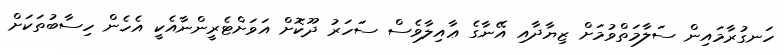
ހަނގުރާމައިން ސަލާމަތްވުމަށް ޒިޔާދާއި އޭނާގެ ޢާއިލާވެސް ސަހަރު ދޫކޮށް އަވަށްޓެރީންނާއެކީ އެހެން ހިސާބުތަކަށް